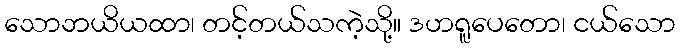
သောဘယိယထာ၊ တင့်တယ်သကဲ့သို့။ ဒဟရူပေတော၊ ငယ်သော